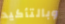
وبالتأكيد